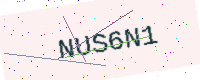
Text: NUS6N1